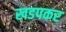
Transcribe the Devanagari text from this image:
खडपकर